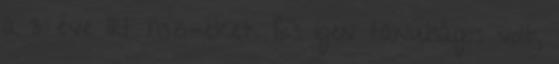
a 3 éve írt hsz-eket. És igen tanulságos volt,